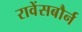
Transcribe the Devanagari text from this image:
रावेंसबौर्न